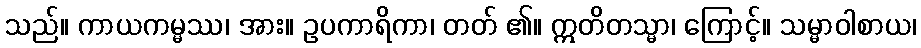
သည်။ ကာယကမ္မဿ၊ အား။ ဥပကာရိကာ၊ တတ် ၏။ ဣတိတသ္မာ၊ ကြောင့်။ သမ္မာဝါစာယ၊